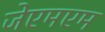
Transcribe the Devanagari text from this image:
जेएमएम